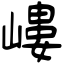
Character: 嶁